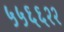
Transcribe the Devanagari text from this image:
५५६६२२